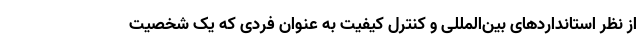
از نظر استانداردهای بین‌المللی و کنترل کیفیت به عنوان فردی که یک شخصیت